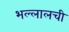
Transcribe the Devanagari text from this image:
भल्लालची